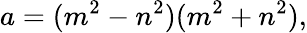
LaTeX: a=(m^{2}-n^{2})(m^{2}+n^{2}),